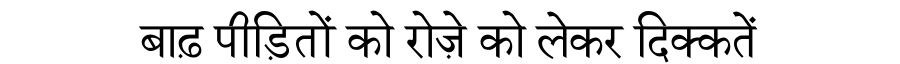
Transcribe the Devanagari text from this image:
बाढ़ पीड़ितों को रोज़े को लेकर दिक्कतें